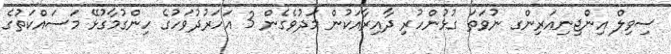
ސިވިލް އިންޖިނިއަރިންގ ނުވަތަ ގުޅުންހުރި ދާއިރާއަކުން މަދުވެގެން 3 އަހަރުދުވަހުގެ ހިންގުމާގުޅޭ މަސައްކަތުގެ